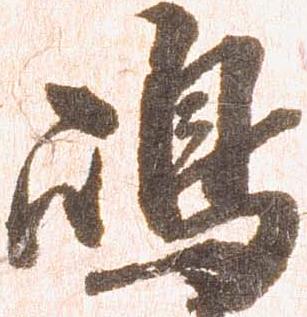
嶋